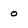
Character: o